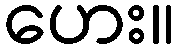
ဟေး။